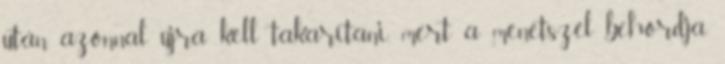
után azonnal újra kell takarítani, mert a menetszél behordja